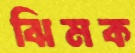
ঝিমক